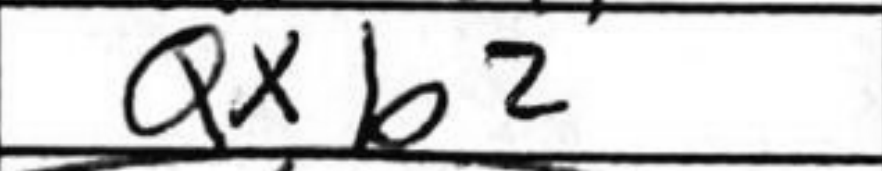
Transcription: Qxb2